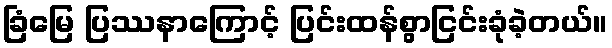
ခြံမြေ ပြဿနာကြောင့် ပြင်းထန်စွာငြင်းခုံခဲ့တယ်။